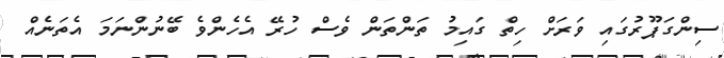
ސިންގަޕޫރުގައި ވަރަށް ހިތް ގައިމު ތަންތަން ވެސް ހުރޭ އެހެންވެ ބޭނުންނަމަ އެތަނެއް